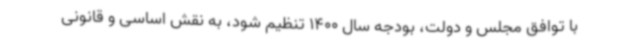
با توافق مجلس و دولت، بودجه سال 1400 تنظیم شود، به نقش اساسی و قانونی